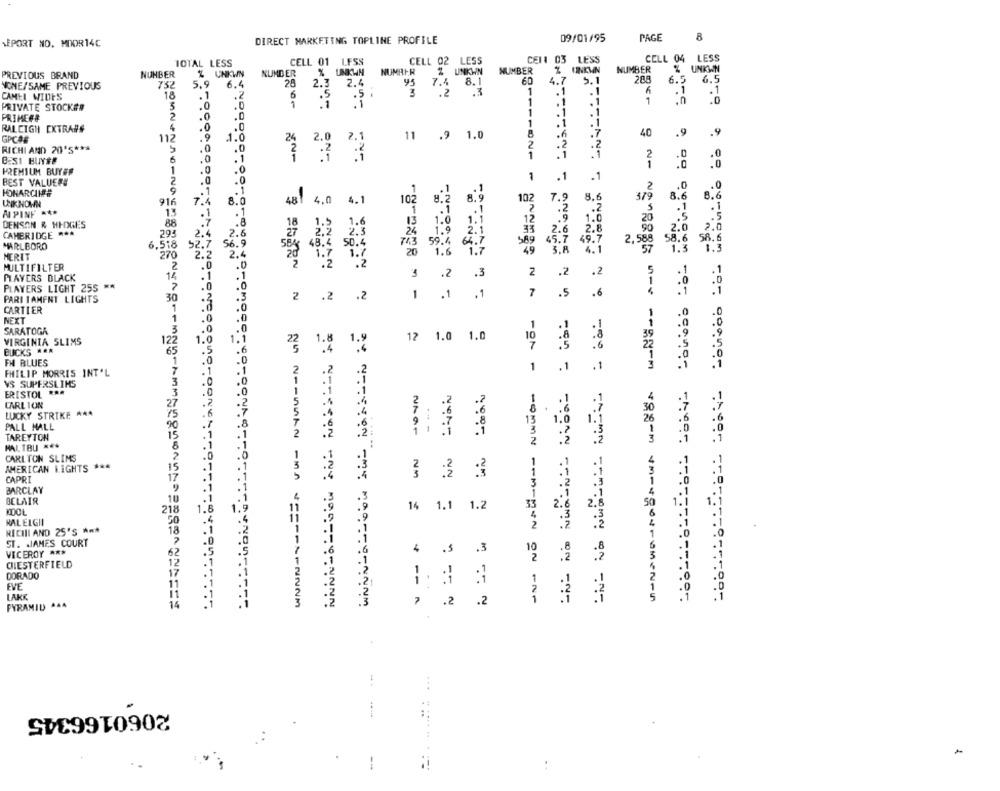
DIRECT MARKETING TOPLINE PROFILE
09/01/95
PAGE
8
REPORT NO. MOOR14C
IOTAL LESS
CELL 01 LFSS
CELL 02 LESS
CENA 03 LESS
CELL 04
LESS
NUMBER
% UNKWN
NUMRER
Z UNIKWN
NUMBER
NUMBER
UNKWN
PREVIOUS BRAND
NUMBER
Z UNKWN
4.7
5.1
208
6.5
6.5
NONE/SAME PREVIOUS
752
6.4
28
2.3 2.4
95
7.4 8.1
60
CAMEL WIDES
18
.1
.2
.5
.2
1
.1
.
.1
.1
6
.5
1
.
. 1
1
PRIVATE STOCK##
.0
1
.1
1
PRIMER#
2
.0
.0
1
RALEIGH EXTRA#S
8
.7
40
.9
.9
112
.1.0
11 .9 1.0
.2
RICHI AND 20'S ***
S
.0
2
.2
6
.1
221
1
2
.0
BEST BUYSE
.0
.0
PREMIUM BUYER
1
.0
BEST VALUERE
2
.0
1
.1
.1
9
1
2
MONARCAHE
8.2
8.9
102
7.9
8.6
379
8.6
UNKNOWN
916
7.4
8.0
48 4,0
4.1
102
.1
MPINF ***
.1
1
.2
88
13
12
1.0
20
.5
DENSON & HEDGES
18
1.6
33
2.8
2.0
2.0
CAMBRIDGE ***
293
2.4
2.6
2.6
SR. 6
MARLBORO
6.518
52.7
56.9
74.3
589
2,588
58.6
2.4
20
1.6
49
3.A
1.3
MERIT
270
2.2
MULTIFILTER
ANYAN
PLAYERS BLACK
3
.2
.3
2
.2
.2
5
**
PLAYERS LIGHT 255
1
7
.6
4
PARI TAMENT LIGHTS
30
2 .2 .2
.1
.1
.5
CARTIER
1
NEXT
1
i
SARATOGA
3
VIRGINIA SLIMS
122
1.8
12
1.0
1.0
10
22
.4
7
22
BUCKS ***
65
FM BLUES
1
PHILIP MORRIS INT'L
.2
1
. 1
.1
1
VS SUPERSLIMS
ERISTOL RAA
.1
4
CARLTON
LUCKY STRIKE ##A
13
1.
PALL MALL
15
TAREYTON
NON -- nMAN
HALTBU ***
CARLTON SLIMS
2
AMERICAN LIGHTS ***
15
NA
:2
. 2
CAPRI
17
BARCLAY
10
.3
BCLAIR
14
1.1
1.2
33
2.
2.
218
RALEIGHI
50
RICIII AND 25'S ***
18
- OMMN - - M- AUN
ST. JAMES COURT
VICEROY ***
62
4
.5
.3
10
12
CHESTERFIELD
17
1
DORADO
EVE
11
1
LAKE
A
.2
.2
1
NORSK -- -- ga-m sagem un-agostoMen-n
.1
PYRAMID 444
14
22M
...
2060166345
.......